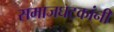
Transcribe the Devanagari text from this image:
समाजघटकांनी